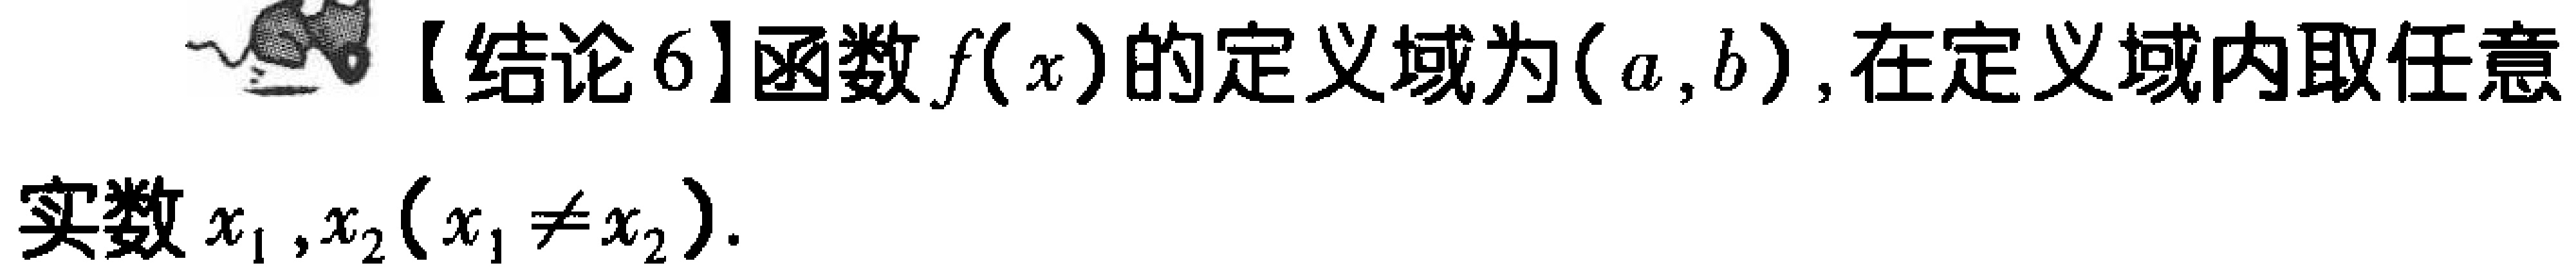
【结论6】函数\(f(x)\)的定义域为\((a,b)\)，在定义域内取任意实数\(x_1,x_2(x_1\neq x_2)\)。